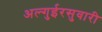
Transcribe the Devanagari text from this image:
अल्गुईरसुवारी